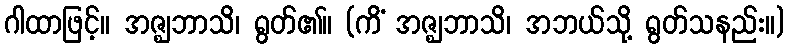
ဂါထာဖြင့်။ အဇ္ဈဘာသိ၊ ရွတ်၏။ (ကိံ အဇ္ဈဘာသိ၊ အဘယ်သို့ ရွတ်သနည်း။)